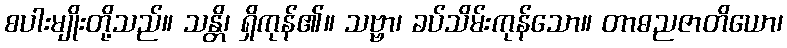
စပါးမျိုးတို့သည်။ သန္တိ၊ ရှိကုန်၏။ သဗ္ဗာ၊ ခပ်သိမ်းကုန်သော။ တာဓညဇာတိယော၊